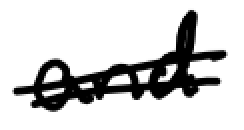
Text: and
Cross-out: double-line
Writing tool: digital_black